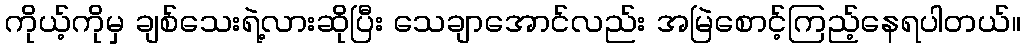
ကိုယ့်ကိုမှ ချစ်သေးရဲ့လားဆိုပြီး သေချာအောင်လည်း အမြဲစောင့်ကြည့်နေရပါတယ်။